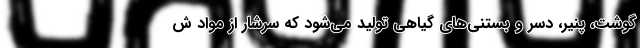
گوشت، پنیر، دسر و بستنی‌های گیاهی تولید می‌شود که سرشار از مواد ش